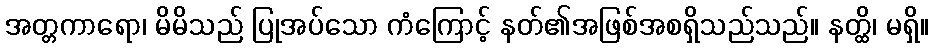
အတ္တကာရော၊ မိမိသည် ပြုအပ်သော ကံကြောင့် နတ်၏အဖြစ်အစရှိသည်သည်။ နတ္ထိ၊ မရှိ။